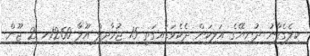
ކިލެގެފާނު ދުނިޔޭގެ އަލިކަން ދެކެވަޑައިގަތީ 15 ޖުމާދިލް އޫލާ 1260ހ 2 ޖޫން